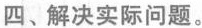
四、解决实际问题.